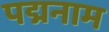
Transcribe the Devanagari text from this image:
पद्मनाम